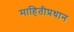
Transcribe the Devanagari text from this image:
माहितीप्रधान